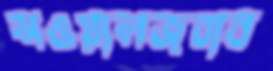
সওয়ালজবাব